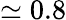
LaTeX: \simeq 0.8